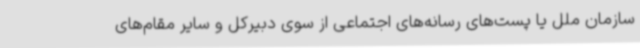
سازمان ملل یا پست‌های رسانه‌های اجتماعی از سوی دبیرکل و سایر مقام‌های